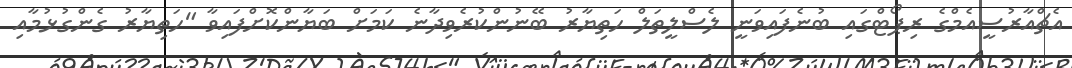
އެޗްއާރުސީއެމްގެ ރިޕޯޓްގައި ބުނެފައިވަނީ ލެސްލީތަލް ހަތިޔާރު ބޭނުންކުރެވިދާނެ ކަމަށް ބަޔާންކޮށްފައިވާ "ހަތިޔާރުު ގެންގުޅުމާއި